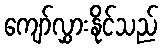
ကျော်လွှားနိုင်သည်